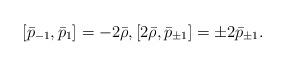
LaTeX: \begin{align*} [\bar p_{-1}, \bar p_1] = -2\bar\rho, [2\bar \rho, \bar p_{\pm 1}] = \pm 2 \bar p_{\pm 1}.\end{align*}